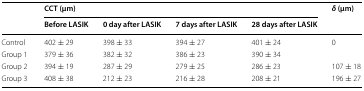
| <ROWSPAN=2>  | <COLSPAN=4> CCT (μm) | <ROWSPAN=2> δ (μm) |
 | Before LASIK | 0 day after LASIK | 7 days after LASIK | 28 days after LASIK |
 | --- | --- | --- | --- | --- | --- |
 | Control | 402 ± 29 | 398 ± 33 | 394 ± 27 | 401 ± 24 | <ROWSPAN=2> 0 |
 | Group 1 | 379 ± 36 | 382 ± 32 | 386 ± 23 | 390 ± 34 |
 | Group 2 | 394 ± 19 | 287 ± 29 | 279 ± 25 | 286 ± 23 | 107 ± 18 |
 | Group 3 | 408 ± 38 | 212 ± 23 | 216 ± 28 | 208 ± 21 | 196 ± 27 |